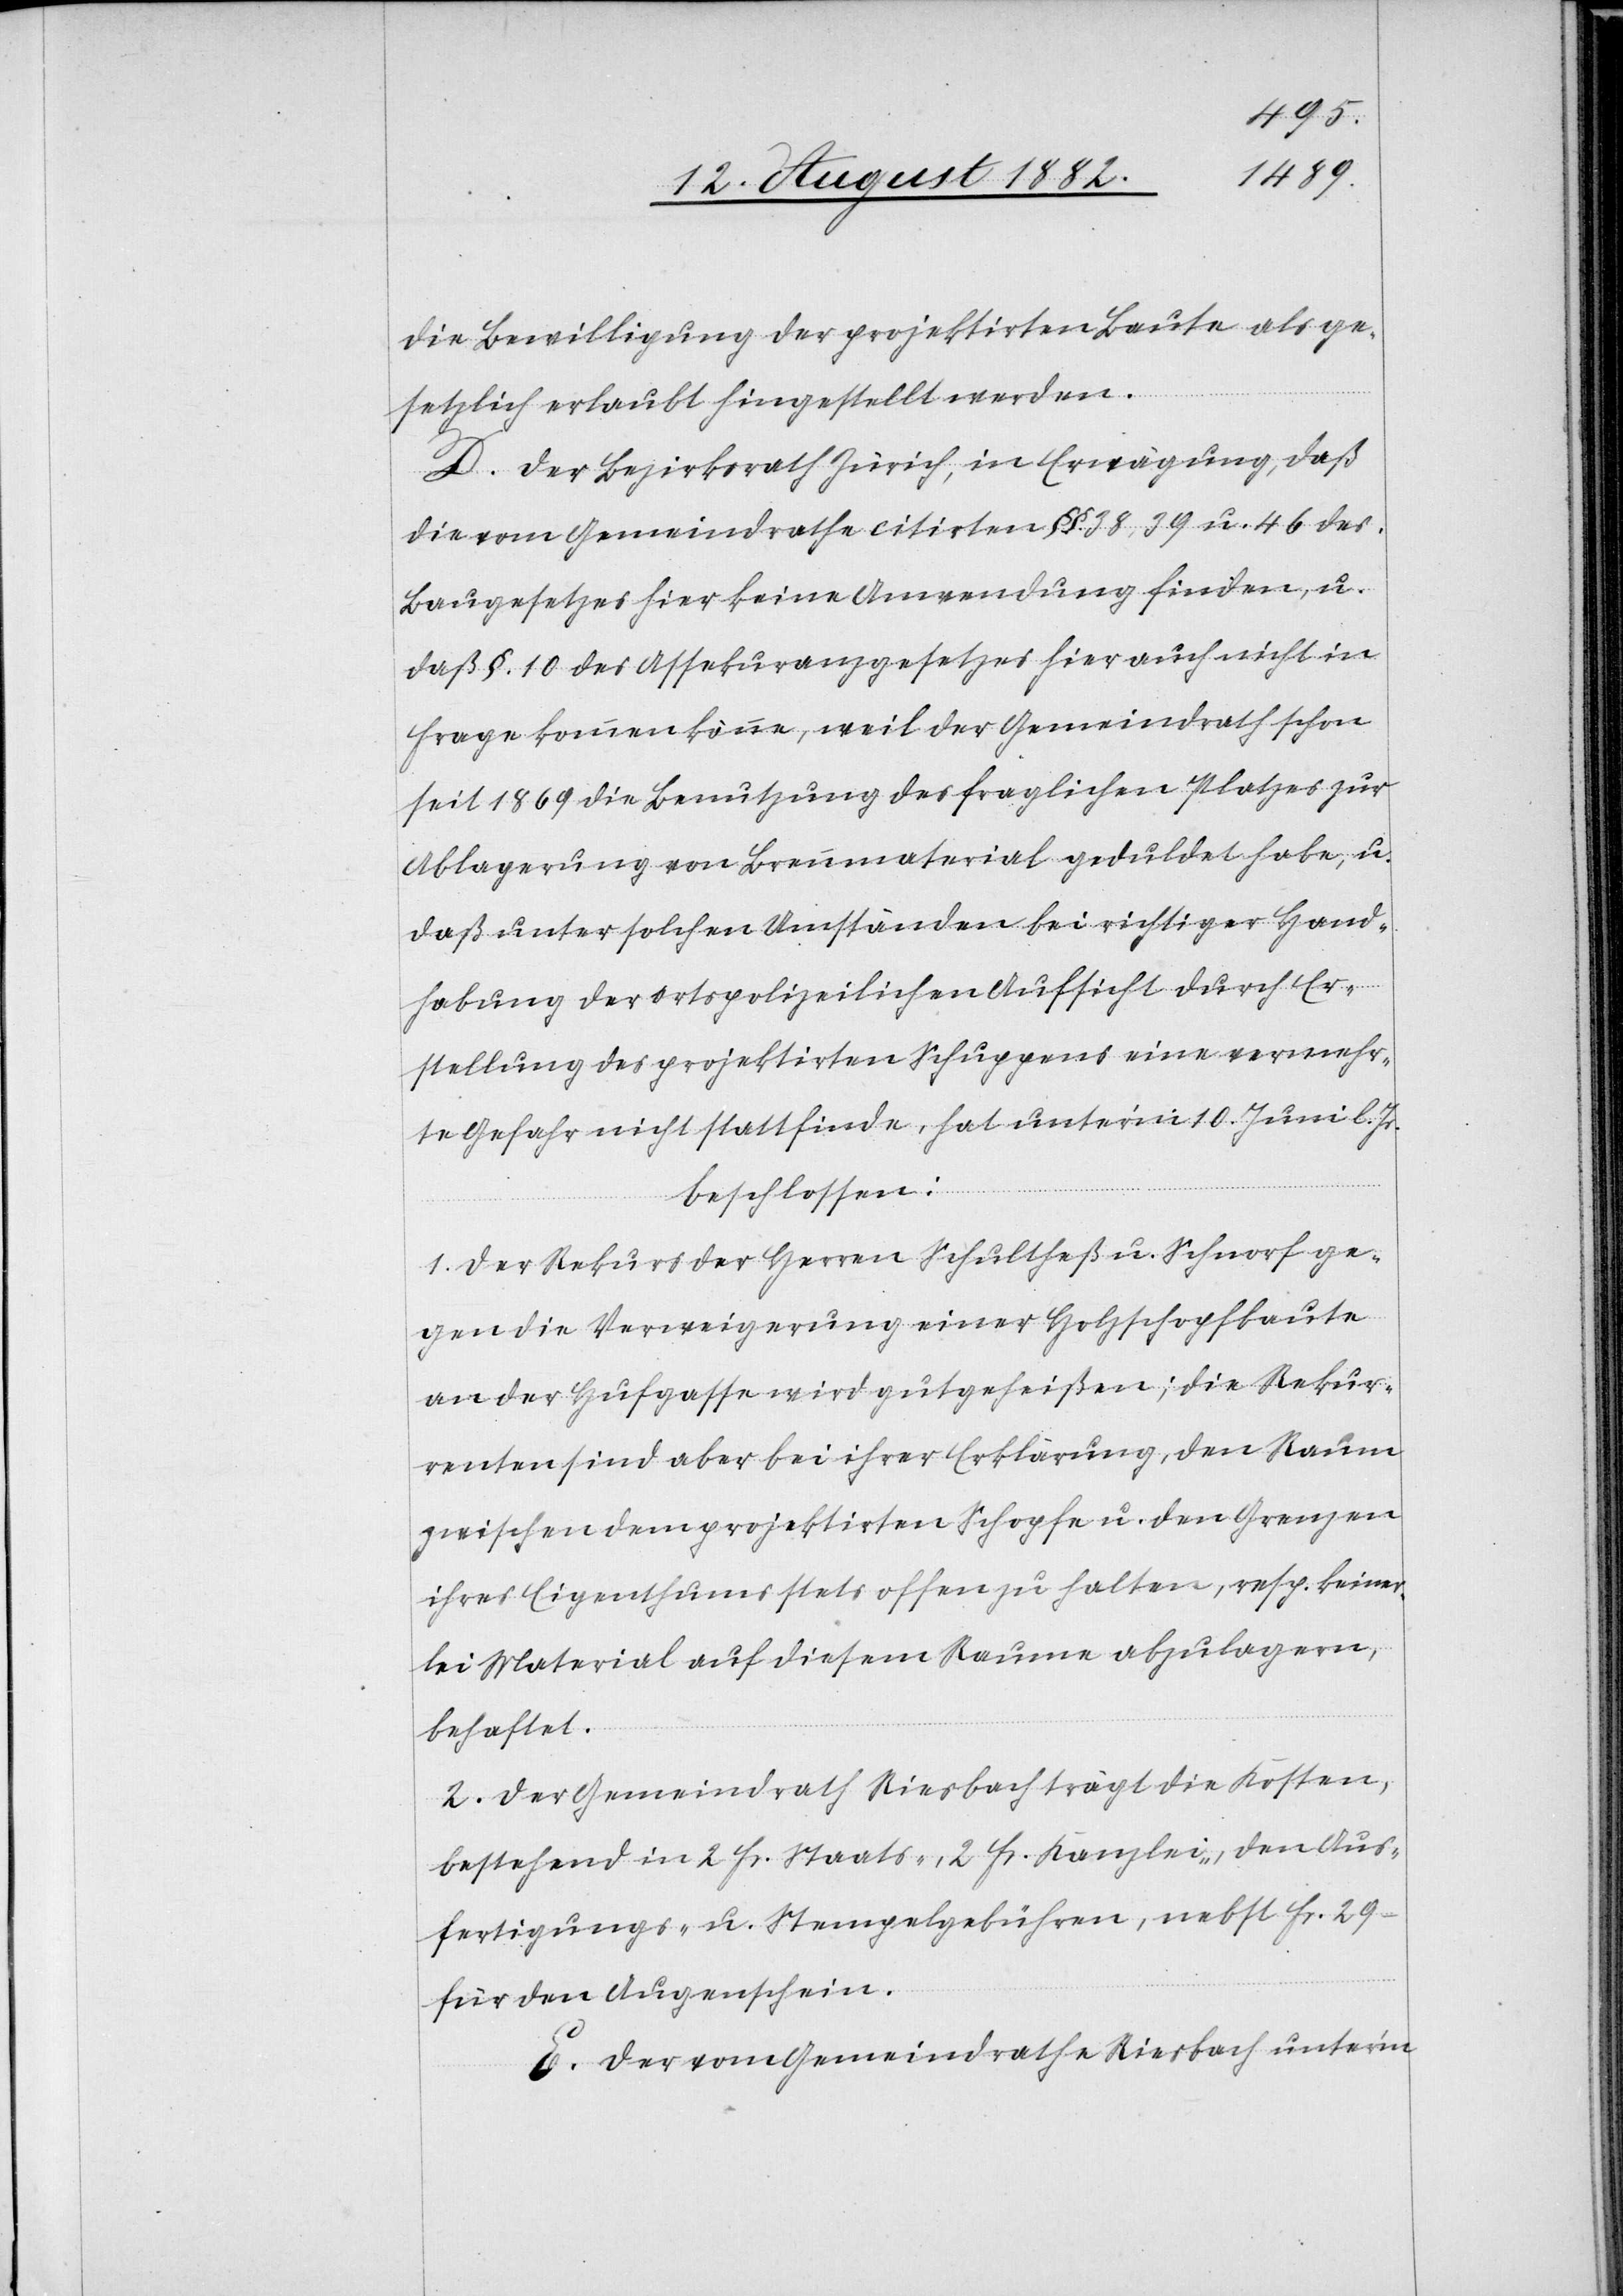
die Bewilligung der projektirten Baute als ge¬
setzlich erlaubt hingestellt werden.
D. Der Bezirksrath Zürich, in Erwägung, daß
die vom Gemeindrathe citirten §§. 38, 39 u. 46 des
Baugesetzes hier keine Anwendung finden, u.
daß §. 10 des Assekuranzgesetzes hier auch nicht in
Frage kommen könne, weil der Gemeindrath schon
seit 1869 die Benutzung des fraglichen Platzes zur
Ablagerung von Brennmaterial geduldet habe, u.
daß unter solchen Umständen bei richtiger Hand¬
habung der ortspolizeilichen Aufsicht durch Er¬
stellung des projektirten Schuppens eine vermehr¬
te Gefahr nicht stattfinde, hat unter’m 10. Juni l. Js.
beschlossen:
1. Der Rekurs der Herren Schultheß u. Schnorf ge¬
gen die Verweigerung einer Holzschopfbaute
an der Hufgasse wird gutgeheißen; die Rekur¬
renten sind aber bei ihrer Erklärung, den Raum
zwischen dem projektirten Schopfe u. den Grenzen
ihres Eigenthums stets offen zu halten, resp. keiner¬
lei Material auf diesem Raume abzulagern,
behaftet.
2. Der Gemeindrath Riesbach trägt die Kosten,
bestehend in 2 Fr. Staats-, 2 Fr. Kanzlei-, den Aus¬
fertigungs- u. Stempelgebühren, nebst Fr. 29.–
für den Augenschein.
E. Der vom Gemeindrathe Riesbach unter’m